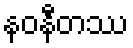
နဝနီတဿ